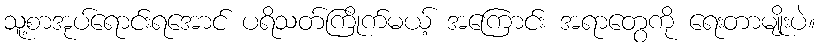
သူ့စာအုပ်ရောင်းရအောင် ပရိသတ်ကြိုက်မယ့် အကြောင်း အရာတွေကို ရေးတာမျိုးပဲ။